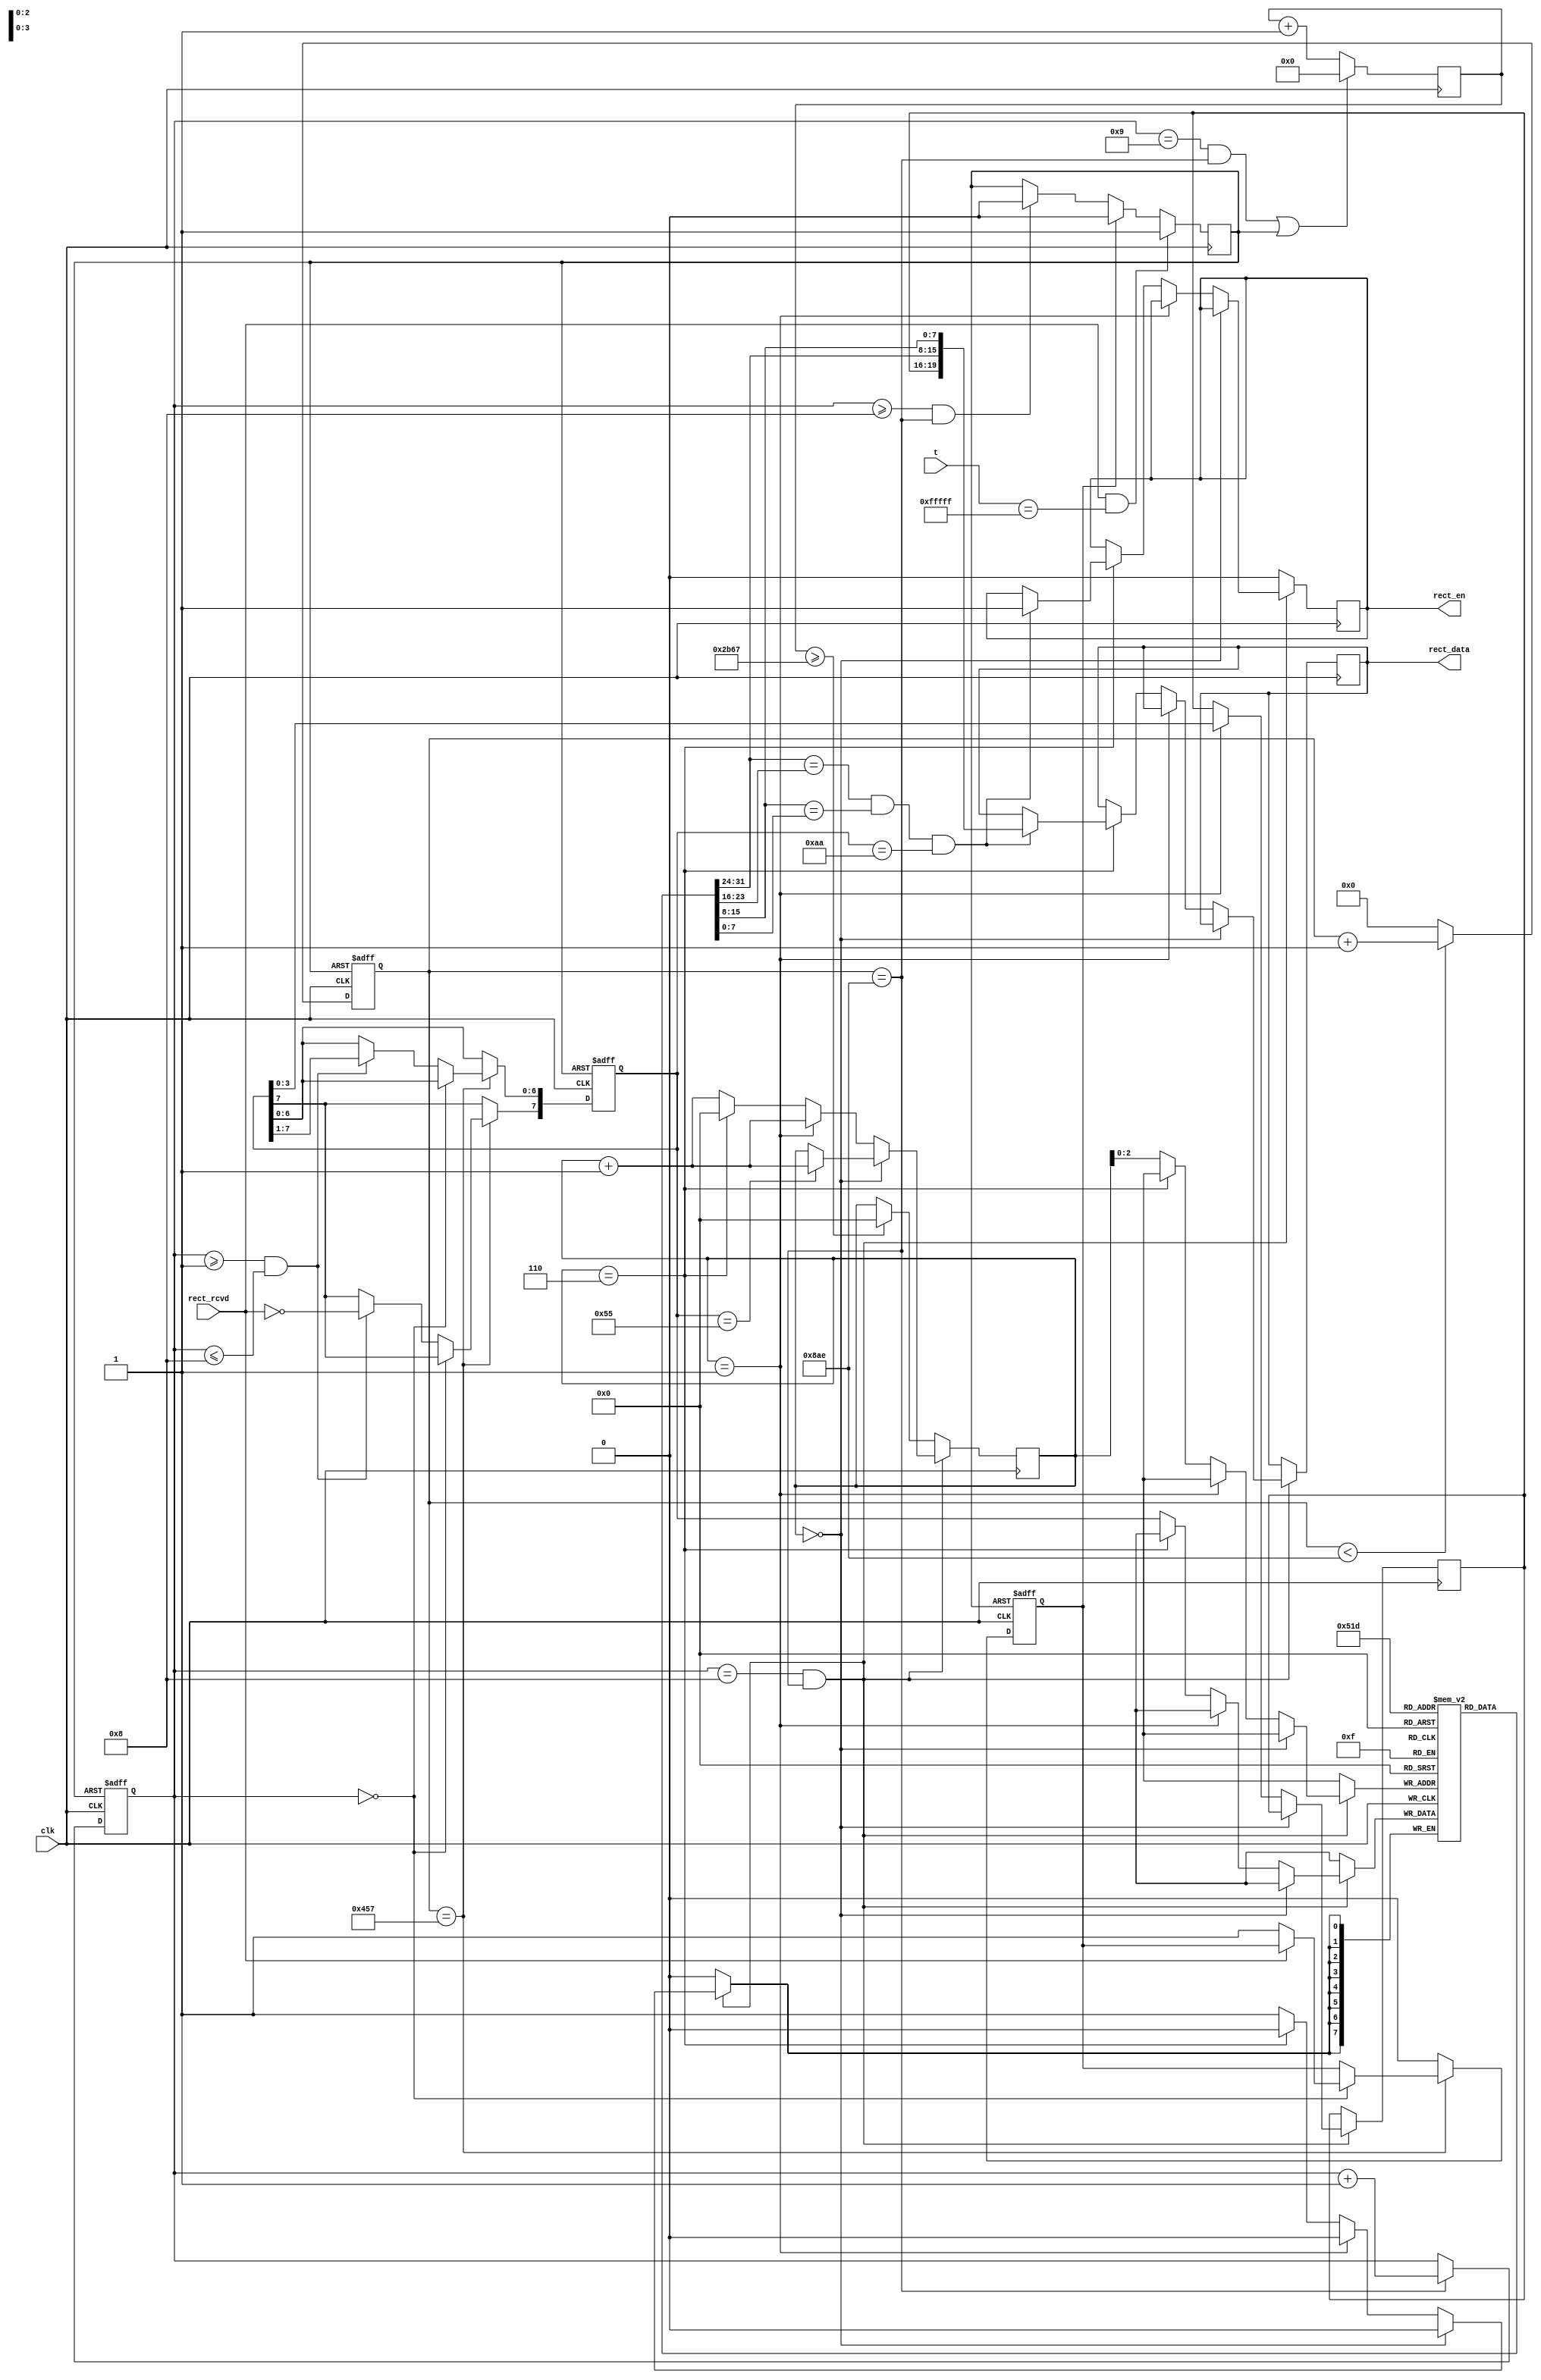
/*====================================================================
rec.v

2009-08-12  1.0

====================================================================*/
module rect_up(clk, t, rect_rcvd, rect_en, rect_data);

    input	clk;
    input	[19:0]t;
    input	rect_rcvd;
    
    output	rect_en;
    output	[19:0]rect_data;
    
    reg		rect_en;
    reg		[19:0]rect_data;
    
    reg		[7:0]tsr;
    reg		[11:0]clk_div;
    reg		[3:0]no_bits_rcvd;
    reg		clk1x_en;
    reg		error;
    reg		[3:0]rsr_ctrl, cs;
    reg		[7:0]rsr[2:5];
    reg		[15:0]rcvd_cnt;
    
    initial
	begin
    rect_en = 1'b0;
    rect_data = 20'b0;
    clk1x_en = 1'b0;
    clk_div = 12'b0;
    no_bits_rcvd  = 4'b0;
    tsr = 8'b0;
    error = 1'b0;
    rsr_ctrl = 4'b0;
    cs = 4'b0;
    rcvd_cnt = 16'b0;
    end
    
/*--------------------------clk---------------------------*/
    always@(posedge clk or negedge clk1x_en)
    begin
    if(!clk1x_en)
        clk_div = 12'b0;
    else if(clk_div < 12'd2222)
        clk_div = clk_div + 1'b1;
    else
		clk_div = 12'b0;
    end
    
/*-----------------------------------------------*/
    always@(posedge clk)
    begin
    if(rect_rcvd && t == 20'hFFFFF)
        clk1x_en <= 1'b1;
    else if(error)
        clk1x_en <= 1'b0;
    else if(no_bits_rcvd >= 4'd8 && clk_div == 12'd2222)
        clk1x_en <= 1'b0;
    end

/*----------------------------------------------*/
    always@(posedge clk or negedge clk1x_en)
    begin
    if(!clk1x_en)
        no_bits_rcvd <= 4'b0;
    else if(clk_div == 12'd2222)
        no_bits_rcvd <= no_bits_rcvd + 1'b1;
    end

/*----------------------------------------*/
    always@(posedge clk or negedge clk1x_en)
    begin
    if(!clk1x_en)
        begin
        error <= 1'b0;
        tsr <= 8'b0;
        end
    else if(clk_div == 12'd1111)
        begin
        if(no_bits_rcvd == 4'b0)
            begin
            if(!rect_rcvd)
                error <= 1'b1;
            end
        else if(no_bits_rcvd >= 4'd1 && no_bits_rcvd <= 4'd8)
            begin
            tsr[6:0] <= tsr[7:1];
            tsr[7] <= ~rect_rcvd;
            end
        end
    else
        error <= 1'b0;
    end
    
    always@(posedge clk)
    begin
	if(no_bits_rcvd == 4'd8 && clk_div == 12'd2222)
		begin
		if(cs == 4'b0)
			begin
			if(tsr == 8'h55)
				cs <= cs + 1'b1;
			end
		else if(cs == 4'b0001)
			begin
			rsr_ctrl <= tsr[3:0];
			cs <= cs + 1'b1;
			end
		else if(cs == 4'b0110)
			begin
			cs <= 4'b0;
			if(rsr[2] == rsr[4] && rsr[3] == rsr[5] && tsr == 8'hAA)
				begin
				rect_data <= {rsr_ctrl, rsr[2], rsr[3]};
				rect_en <= 1'b1;
				end
			end
		else
			begin
			rsr[cs] <= tsr;
			cs <= cs + 1'b1;
			end
		end
	else
		begin
		rect_en <= 1'b0;
		if(rcvd_cnt >= 16'd11111)
			cs <= 4'b0;
		end
	end
	
	always@(posedge clk)
    begin
	if((no_bits_rcvd == 4'd9 && clk_div == 12'd2222) || clk1x_en)
		rcvd_cnt <= 16'b0;
	else
		rcvd_cnt <= rcvd_cnt + 1'b1;
	end

endmodule